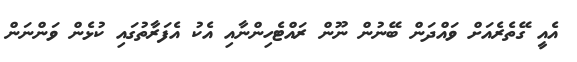
އެއީ ގޭތެރެއަށް ވައްދަން ބޭނުން ނޫން ރައްޓެހިންނާއި އެކު އެފަރާތުގައި ކުޅެން ވަންނަން